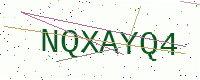
Text: NQXAYQ4